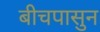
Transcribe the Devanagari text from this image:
बीचपासुन